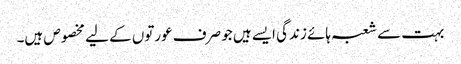
بہت سے شعبہ ہائے زندگی ایسے ہیں جو صرف عورتوں کے لیے مخصوص ہیں۔